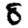
Digit: 8